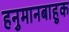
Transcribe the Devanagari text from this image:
हनुमानबाहुक